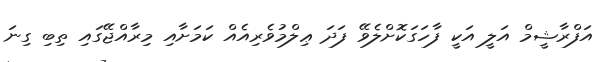
އަފްރާޝީމް އަލީ އަކީ ފާހަގަކޮށްލެވޭ ފަދަ ޢިލްމުވެރިއެއް ކަމަށާއި މިރާއްޖޭގައި ތިބި ގިނަ